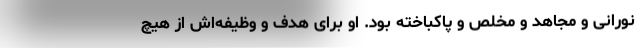
نورانی و مجاهد و مخلص و پاکباخته بود. او برای هدف و وظیفه‌اش از هیچ